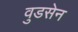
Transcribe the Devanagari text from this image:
वुडसेन